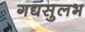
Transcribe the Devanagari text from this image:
गद्यसुलभ